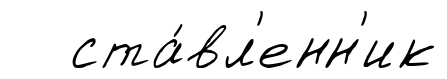
ста́вл'енн'ик